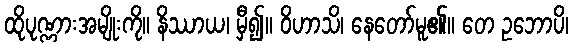
ထိုပုဏ္ဏားအမျိုးကို။ နိဿာယ၊ မှီ၍။ ဝိဟာသိ၊ နေတော်မူ၏။ တေ ဥဘောပိ၊